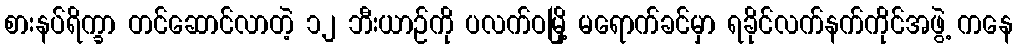
စားနပ်ရိက္ခာ တင်ဆောင်လာတဲ့ ၁၂ ဘီးယာဉ်ကို ပလက်ဝမြို့ မရောက်ခင်မှာ ရခိုင်လက်နက်ကိုင်အဖွဲ့ ကနေ